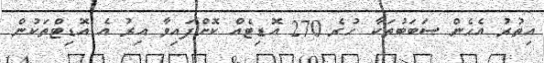
އިތުރު އެހެން ސަބަބުތަކާ ހުރެ 270 އޮޑިޓެއް ކޮށްފައިވާ އިރު އެ އޮޑިޓްތަކުން